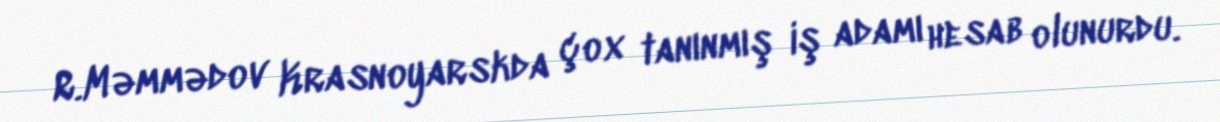
R.Məmmədov Krasnoyarskda çox tanınmış iş adamı hesab olunurdu.